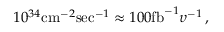
1 0 ^ { 3 4 } \mathrm { c m } ^ { - 2 } \mathrm { s e c } ^ { - 1 } \approx 1 0 0 \mathrm { f b } ^ { - 1 } \upsilon ^ { - 1 } \, ,